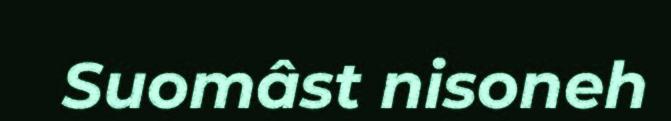
Suomâst nisoneh